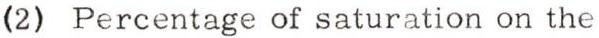
(2) Percentage of saturation on the